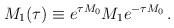
LaTeX: \begin{align*}M_1(\tau) \equiv e^{\tau M_0} M_1 e^{-\tau M_0}\,.\end{align*}